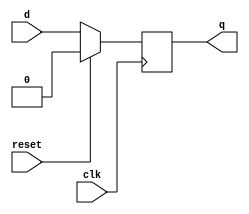
module dff(d, clk, reset, q);
    input d, clk, reset;
    output q;
    reg q = 0;
    always @ (posedge clk)
    begin
        if(reset == 1'b1)
            q <= 1'b0;
        else
        begin
            q <= d;
        end
    end
endmodule 

module siso(d, clk, reset, q1, q2, q3, q4);
    input d, clk, reset;
    output q1, q2, q3, q4;
    dff aa(d, clk,reset, q1);
    dff bb(q1, clk,reset, q2);
    dff cc(q2, clk,reset, q3);
    dff dd(q3, clk,reset, q4); 
endmodule